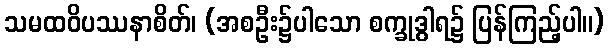
သမထဝိပဿနာစိတ်၊ (အစဦး၌ပါသော စက္ခုဒွါရ၌ ပြန်ကြည့်ပါ။)